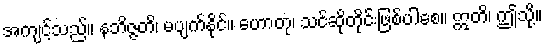
အကျင့်သည်။ နဘိဇ္ဇတိ၊ မပျက်နိုင်။ ဟောတု၊ သင်ဆိုတိုင်းဖြစ်ပါစေ။ ဣတိ၊ ဤသို့။